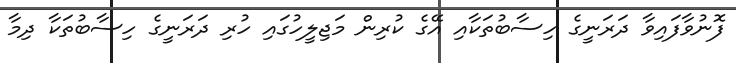
ފޮނުވާފައިވާ ދަރަނީގެ ހިސާބުތަކާއި އޭގެ ކުރިން މަޖިލީހުގައި ހުރި ދަރަނީގެ ހިސާބުތަކާ ދިމާ